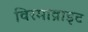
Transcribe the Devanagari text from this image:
विरमाव्राइट